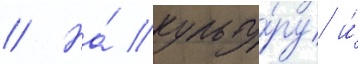
// На́ культу́ру и́